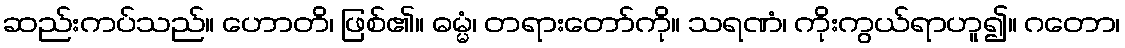
ဆည်းကပ်သည်။ ဟောတိ၊ ဖြစ်၏။ ဓမ္မံ၊ တရားတော်ကို။ သရဏံ၊ ကိုးကွယ်ရာဟူ၍။ ဂတော၊